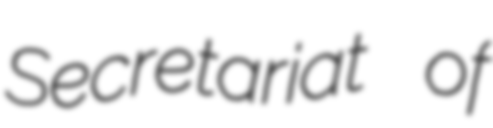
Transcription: Secretariat  of